Leningradi_Edasi_toimetus, lk 10
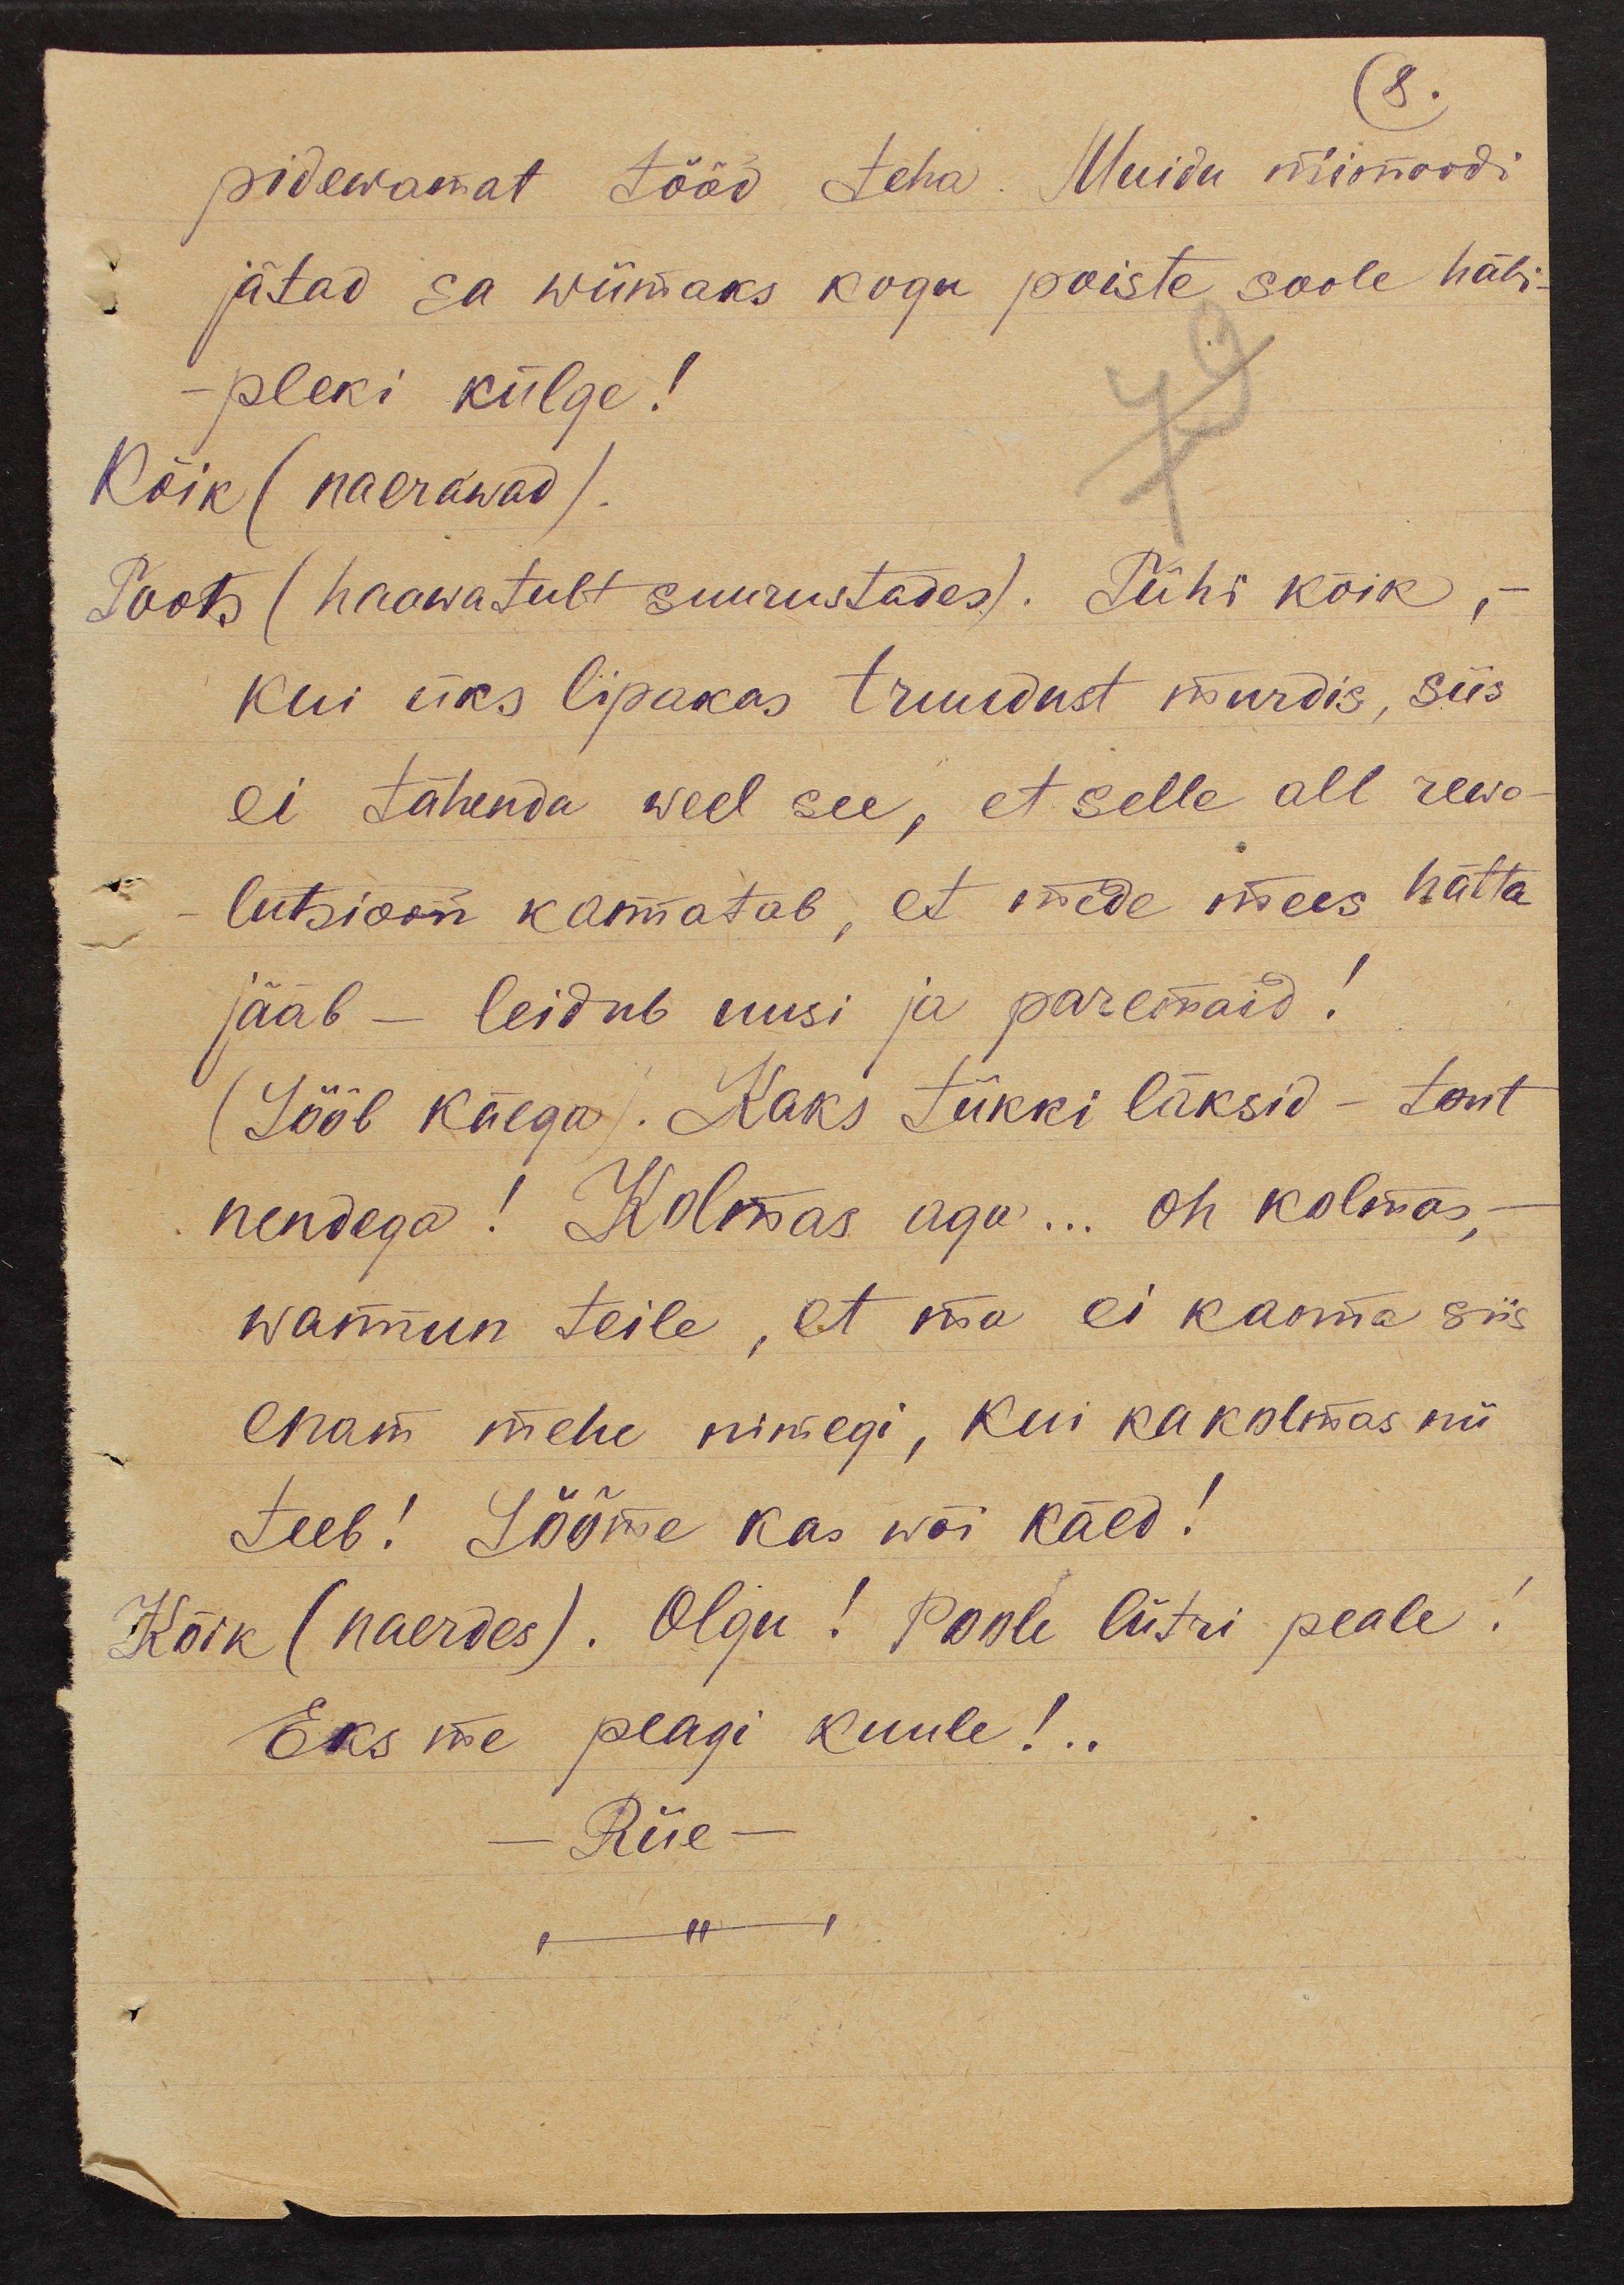
8.
pidewamat tööd teha. Muidu niimoodi
jätad sa wiimaks kogu poiste soole häbi-
pleki külge!
Kõik (naerawad).
Toots (haawatult suurustades). Tühi kõik, -
kui üks lipakas truudust murdis, siis
ei tähenda weel see, et selle all rewo-
lutsioon kannatab, et mede mees hätta
jääb - leidub uusi ja paremaid!
(Lööb käega). Kaks tükki läksid - tont
nendega! Kolmas aga ... oh kolmas, -
wannun teile, et ma ei kanna siis
enam mehe nimegi, kui ka kolmas nii
teeb! Lööme kas wõi käed!
Kõik (naerdes). Olgu! Poole liitri peale!
Eks me peagi kuule!..
Riie -